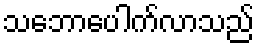
သဘောပေါက်လာသည်